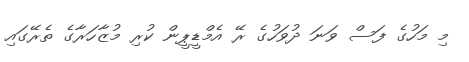
މި މަހުގެ ފަސް ވަނަ ދުވަހުގެ ރޭ އެމްޑީޕީން ކުރި މުޒާހަރާގެ ތެރޭގައި